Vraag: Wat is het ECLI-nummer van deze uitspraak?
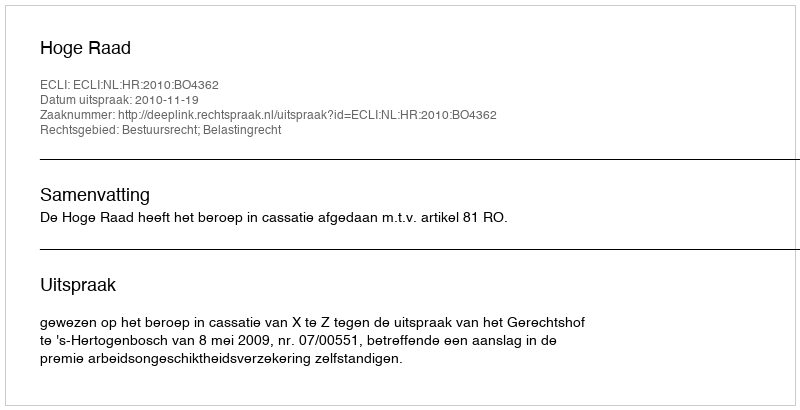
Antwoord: ECLI:NL:HR:2010:BO4362